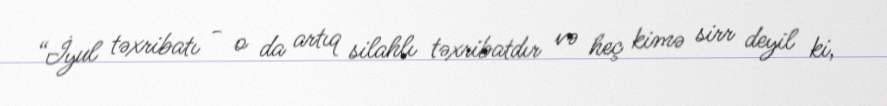
“İyul təxribatı - o da artıq silahlı təxribatdır və heç kimə sirr deyil ki,